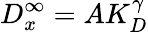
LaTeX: D_{x}^{\infty}=AK_{D}^{\gamma}